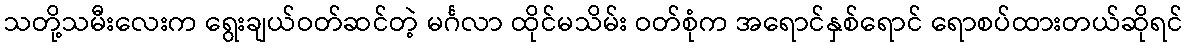
သတို့သမီးလေးက ရွေးချယ်ဝတ်ဆင်တဲ့ မင်္ဂလာ ထိုင်မသိမ်း ဝတ်စုံက အရောင်နှစ်ရောင် ရောစပ်ထားတယ်ဆိုရင်